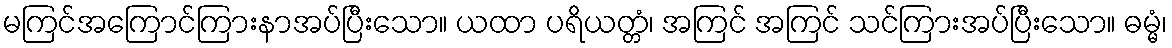
မကြင်အကြောင်ကြားနာအပ်ပြီးသော။ ယထာ ပရိယတ္တံ၊ အကြင် အကြင် သင်ကြားအပ်ပြီးသော။ ဓမ္မံ၊